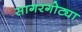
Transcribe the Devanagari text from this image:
सागरगोट्या